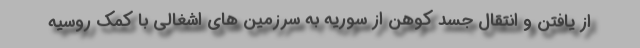
از یافتن و انتقال جسد کوهن از سوریه به سرزمین های اشغالی با کمک روسیه